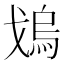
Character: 𱫳